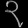
Digit: ၃